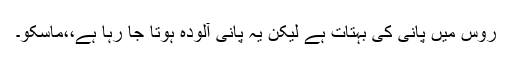
روس میں پانی کی بہتات ہے لیکن یہ پانی آلودہ ہوتا جا رہا ہے،،ماسکو۔